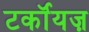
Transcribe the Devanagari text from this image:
टर्कॉयज़